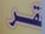
قر